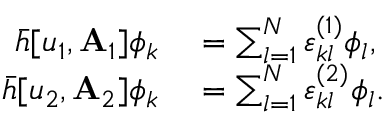
\begin{array} { r l } { \bar { h } [ u _ { 1 } , \mathbf { A } _ { 1 } ] \phi _ { k } } & { { } = \sum _ { l = 1 } ^ { N } \varepsilon _ { k l } ^ { ( 1 ) } \phi _ { l } , } \\ { \bar { h } [ u _ { 2 } , \mathbf { A } _ { 2 } ] \phi _ { k } } & { { } = \sum _ { l = 1 } ^ { N } \varepsilon _ { k l } ^ { ( 2 ) } \phi _ { l } . } \end{array}